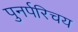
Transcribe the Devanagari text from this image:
पुनर्परिचय